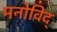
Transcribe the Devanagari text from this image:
मनोविद्